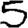
Digit: 5